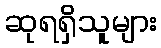
ဆုရရှိသူများ